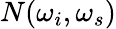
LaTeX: N(\omega_{i},\omega_{s})